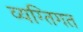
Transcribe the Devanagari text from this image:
व्यग्तिगत